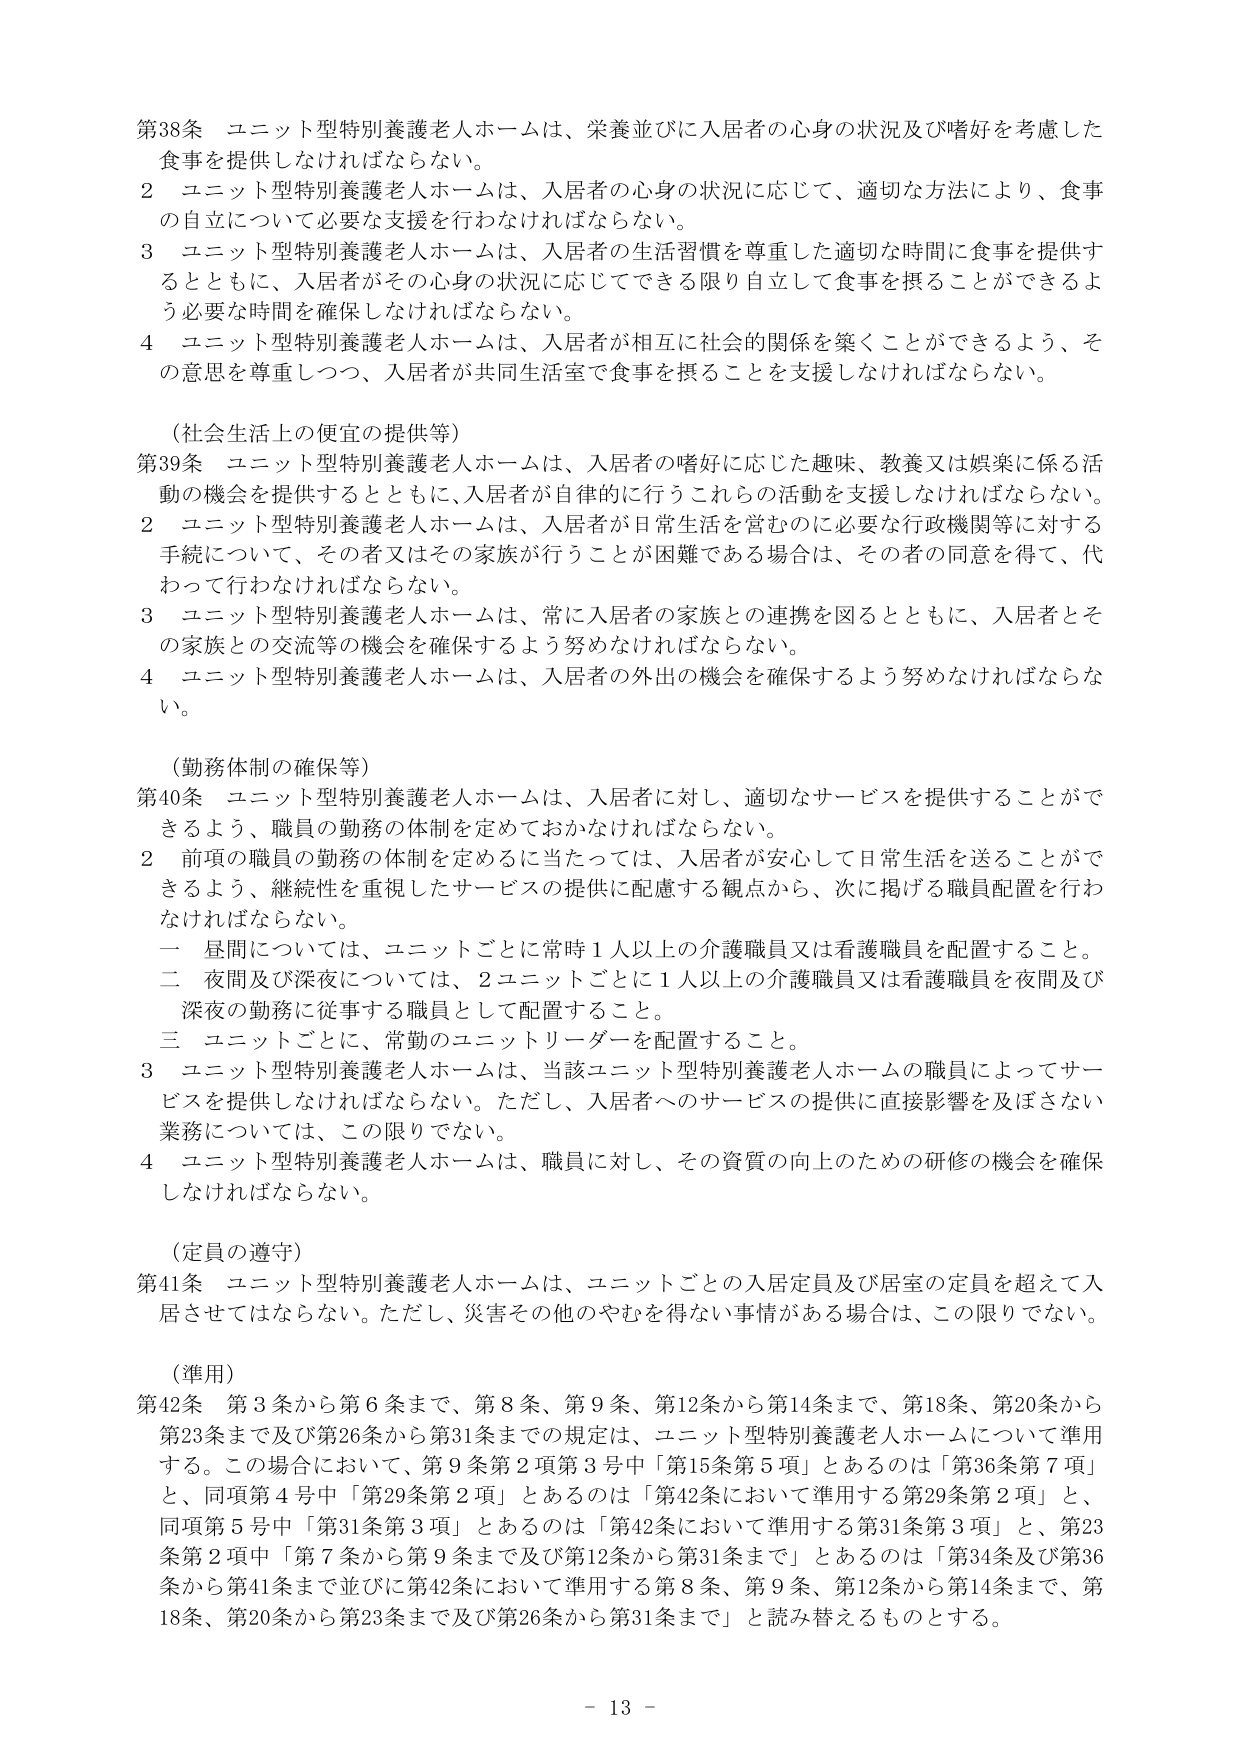
第38条 ユニット型特別養護老人ホームは、栄養並びに入居者の心身の状況及び嗜好を考慮した食事を提供しなければならない。

２ ユニット型特別養護老人ホームは、入居者の心身の状況に応じて、適切な方法により、食事の自立について必要な支援を行わなければならない。

３ ユニット型特別養護老人ホームは、入居者の生活習慣を尊重した適切な時間に食事を提供するとともに、入居者がその心身の状況に応じてできる限り自立して食事を摂ることができるよう必要な時間を確保しなければならない。

４ ユニット型特別養護老人ホームは、入居者が相互に社会的関係を築くことができるよう、その意思を尊重しつつ、入居者が共同生活室で食事を摂ることを支援しなければならない。

（社会生活上の便宜の提供等）

第39条 ユニット型特別養護老人ホームは、入居者の嗜好に応じた趣味、教養又は娯楽に係る活動の機会を提供するとともに、入居者が自律的に行うこれらの活動を支援しなければならない。

２ ユニット型特別養護老人ホームは、入居者が日常生活を営むのに必要な行政機関等に対する手続について、その者又はその家族が行うことが困難である場合は、その者の同意を得て、代わって行わなければならない。

３ ユニット型特別養護老人ホームは、常に入居者の家族との連携を図るとともに、入居者とその家族との交流等の機会を確保するよう努めなければならない。

４ ユニット型特別養護老人ホームは、入居者の外出の機会を確保するよう努めなければならない。

（勤務体制の確保等）

第40条 ユニット型特別養護老人ホームは、入居者に対し、適切なサービスを提供することができるよう、職員の勤務の体制を定めておかなければならない。

２ 前項の職員の勤務の体制を定めるに当たっては、入居者が安心して日常生活を送ることができるよう、継続性を重視したサービスの提供に配慮する観点から、次に掲げる職員配置を行わなければならない。

一 昼間については、ユニットごとに常時１人以上の介護職員又は看護職員を配置すること。

二 夜間及び深夜については、２ユニットごとに１人以上の介護職員又は看護職員を夜間及び深夜の勤務に従事する職員として配置すること。

三 ユニットごとに、常勤のユニットリーダーを配置すること。

３ ユニット型特別養護老人ホームは、当該ユニット型特別養護老人ホームの職員によってサービスを提供しなければならない。ただし、入居者へのサービスの提供に直接影響を及ぼさない業務については、この限りでない。

４ ユニット型特別養護老人ホームは、職員に対し、その資質の向上のための研修の機会を確保しなければならない。

（定員の遵守）

第41条 ユニット型特別養護老人ホームは、ユニットごとの入居定員及び居室の定員を超えて入居させてはならない。ただし、災害その他のやむを得ない事情がある場合は、この限りでない。

（準用）

第42条 第3条から第6条まで、第8条、第9条、第12条から第14条まで、第18条、第20条から第23条まで及び第26条から第31条までの規定は、ユニット型特別養護老人ホームについて準用する。この場合において、第9条第2項第3号中「第15条第5項」とあるのは「第36条第7項」と、同項第4号中「第29条第2項」とあるのは「第42条において準用する第29条第2項」と、同項第5号中「第31条第3項」とあるのは「第42条において準用する第31条第3項」と、第23条第2項中「第7条から第9条まで及び第12条から第31条まで」とあるのは「第34条及び第36条から第41条まで並びに第42条において準用する第8条、第9条、第12条から第14条まで、第18条、第20条から第23条まで及び第26条から第31条まで」と読み替えるものとする。

- 13 -